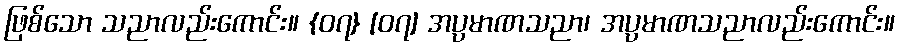
ဖြစ်သော သညာလည်းကောင်း။ {၀၇} [၀၇] အပ္ပမာဏသညာ၊ အပ္ပမာဏသညာလည်းကောင်း။